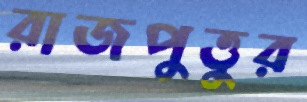
রাজপুত্তুর